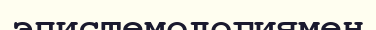
эпистемологиямен